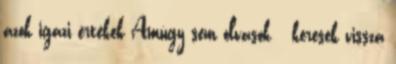
azok igazi értékek Amúgy sem olvasok keresek vissza